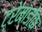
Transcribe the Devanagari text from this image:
ट्रेमाडोक